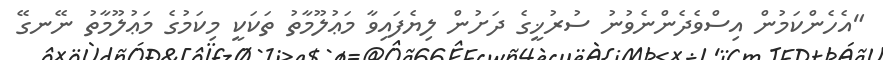
"އެހެންކަމުން އިސްވެދެންނެވުނު ސުރުޚީގެ ދަށުން ލިޔެފައިވާ މަޢުލޫމާތު ތަކަކީ މިކަމުގެ މަޢުލޫމާތު ނޭނގޭ